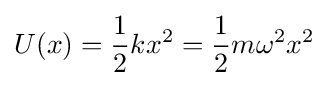
U(x)={\frac {1}{2}}kx^{2}={\frac {1}{2}}m\omega ^{2}x^{2}